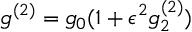
g ^ { ( 2 ) } = g _ { 0 } ( 1 + \epsilon ^ { 2 } g _ { 2 } ^ { ( 2 ) } )